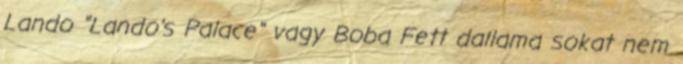
Lando "Lando's Palace" vagy Boba Fett dallama sokat nem